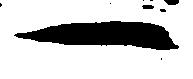
一